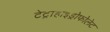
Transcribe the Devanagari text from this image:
टेट्राहाइड्रोफोलेट